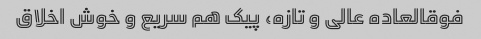
فوقالعاده عالی و تازه، پیک هم سریع و خوش اخلاق